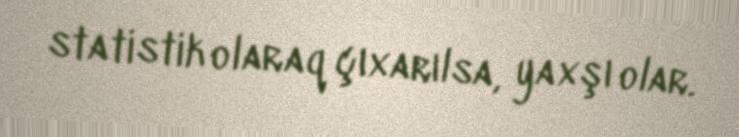
statistik olaraq çıxarılsa, yaxşı olar.